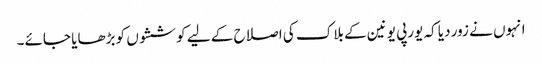
انہوں نے زور دیا کہ یورپی یونین کے بلاک کی اصلاح کے لیے کوششوں کو بڑھایا جائے۔